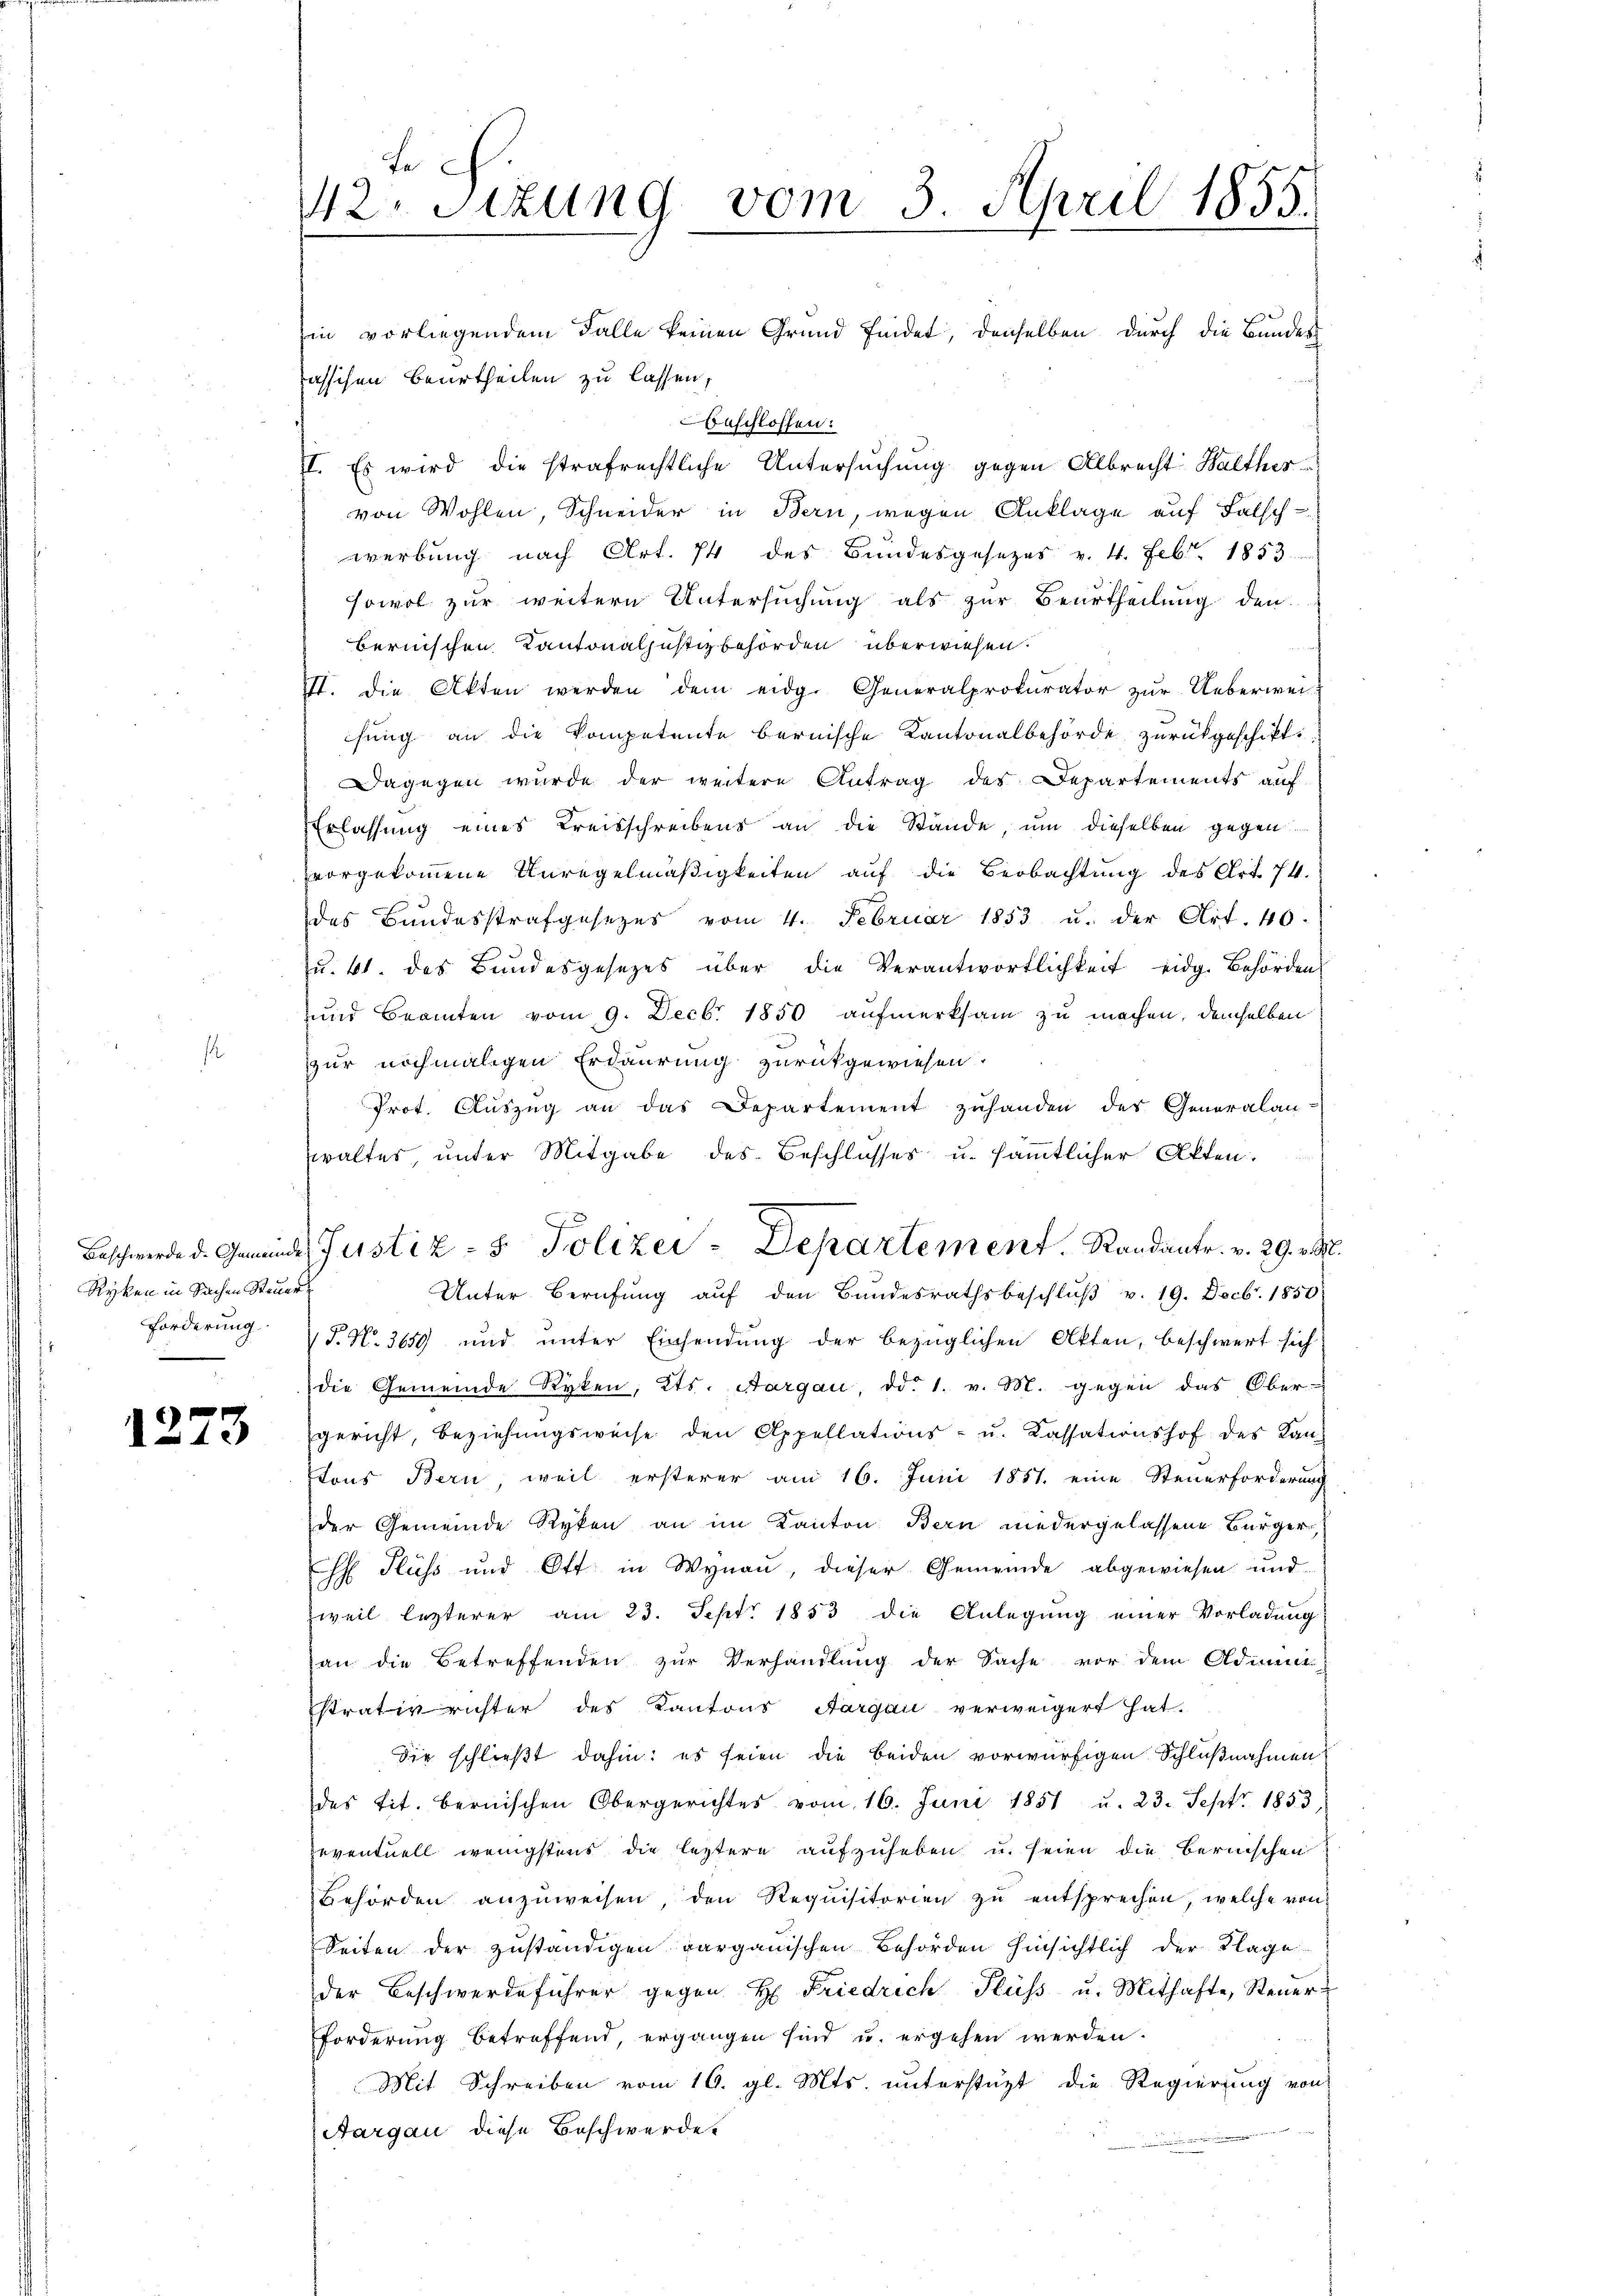
Ryken in Sachen Steuer
Forderung
.

1273

tech
42. Sitzung vom 3. April 1855.

Ein vorliegendem Falle keinen Grund findet, denselben durch die Bundes
asschen Beurtheilen zu lassen,
beschlossen:
II. Es wird die strafrechtliche Untersuchung gegen Albrecht Walthes
von Wohlen, Schneider in Bern, wegen Anklage auf Falsch
werbung nach Art. 74 des Bundesgesezes v. 4. Febr. 1853
sowol zur weitern Untersuchung als zur Beurtheilung den
bernischen Kantonaljustizbehörden überwiesen.
VII. die Akten werden dem eidg. Generalprokurator zur Ueberwei-
hung an die Kompetente bernische Kantonalbehörde zurückgeschikt.
Dagegen wurde der weitere Antrag des Departements auf
Erlassung eines Kreisschreibens an die Stände, um dieselben gegen
vorgekommene Unregelmäßigkeiten auf die Beobachtung des Art. 74.
des Bundesstrafgesezes vom 4. Februar 1853 u. der Art. 40.
u. 41. des Bundesgesezes über die Verantwortlichkeit eidg. Behörden,
und Beamten vom 9. Decbr 1850 aufmerksam zu machen, demselben
zur nochmaligen Erdaurung zurückgewiesen.
Prot. Aŭszŭg an das Departement zuhanden des Generalan-
waltes, unter Mitgabe des Beschlusses u. sämmtlicher Akten.
Unter Berufung auf den Bundesrathsbeschlŭβ v. 19. Decbr. 1850
 P. No. 3650 und unter Einsendung der bezüglichen Akten, beschwert sich
die Gemeinde Ryken, Kts. Aargau, ddo 1. v. M. gegen das Ober-
gericht, beziehungsweise den Appellations- u. Cassationshof des Kantons Bern, weil ersterer am 16. Juni 1857. eine Steuerforderung
der Gemeinde Ryken an im Kanton Bern niedergelassene Bürger,
h Fluss und Ott in Wynau, dieser Gemeinde abgewiesen und
weil lezterer am 23. Sept. 1853 die Anlegung einer Vorladung
an die Betreffenden zur Verhandlung der Sache vor dem Admini-
strativ richter des Kantons Aargau verweigert hat.
Die schließt dahin: es seien die beiden vorwürfigen Schlußnahmen
des tit. bernischen Obergerichtes vom 16. Juni 1851 u. 23. Sept 1853,
eventuell wenigstens die leztere aufzuheben u. seien die Bernischen
Behörden anzŭweisen, den Requisitorien zŭ entsprechen, welche von
Seiten der zuständigen pargauischen Behörden hinsichtlich der Klage
der Beschwerdeführer gegen H. Friedrich Fluss u. Mithafte, Steŭer
Forderung betreffend, ergangen sind u. ergehen werden.
Mit Schreiben vom 16. gl. Mts. unterstützt die Regierung von
Aargau diese Beschwerde

Beschwerde d. Gemeinde Justiz- & Polizei - Departement. Randantr. v. 29. v. M.